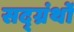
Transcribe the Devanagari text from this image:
सद्ग्रंथों